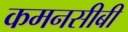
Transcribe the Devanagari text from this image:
कमनसीबी